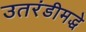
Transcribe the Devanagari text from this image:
उतरंडीमद्धे